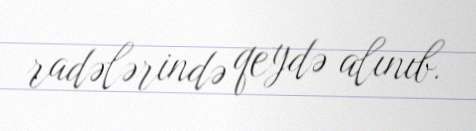
radələrində qeydə alınıb.